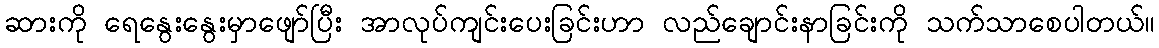
ဆားကို ရေနွေးနွေးမှာဖျော်ပြီး အာလုပ်ကျင်းပေးခြင်းဟာ လည်ချောင်းနာခြင်းကို သက်သာစေပါတယ်။